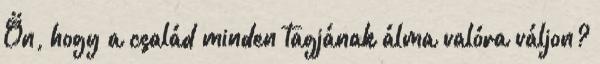
Ön, hogy a család minden tagjának álma valóra váljon?